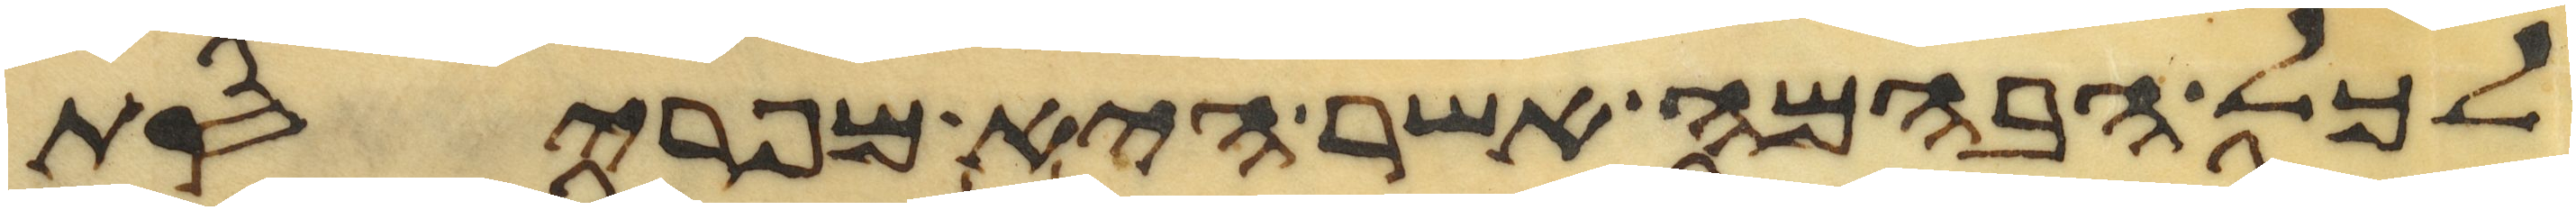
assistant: לכל הבהמה אשר היא מפריסת